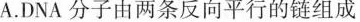
A.DNA分子由两条反向平行的链组成